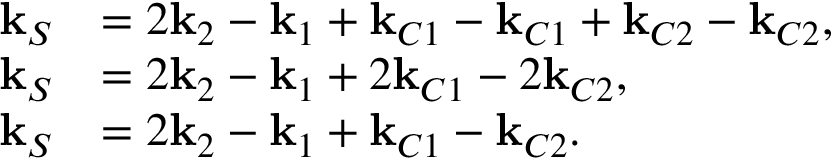
\begin{array} { r l } { \mathbf { k } _ { S } } & { = 2 \mathbf { k } _ { 2 } - \mathbf { k } _ { 1 } + \mathbf { k } _ { C 1 } - \mathbf { k } _ { C 1 } + \mathbf { k } _ { C 2 } - \mathbf { k } _ { C 2 } , } \\ { \mathbf { k } _ { S } } & { = 2 \mathbf { k } _ { 2 } - \mathbf { k } _ { 1 } + 2 \mathbf { k } _ { C 1 } - 2 \mathbf { k } _ { C 2 } , } \\ { \mathbf { k } _ { S } } & { = 2 \mathbf { k } _ { 2 } - \mathbf { k } _ { 1 } + \mathbf { k } _ { C 1 } - \mathbf { k } _ { C 2 } . } \end{array}